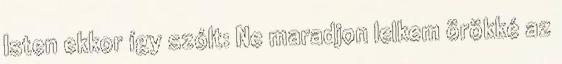
Isten ekkor így szólt: Ne maradjon lelkem örökké az